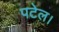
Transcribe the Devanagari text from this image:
पटेल।